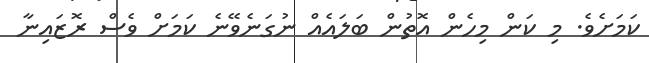
ކަމަށެވެ. މި ކަން މިހެން އޮތުން ބަލައެއް ނުގަނެވޭނެ ކަމަށް ވެސް ރޮޒައިނާ